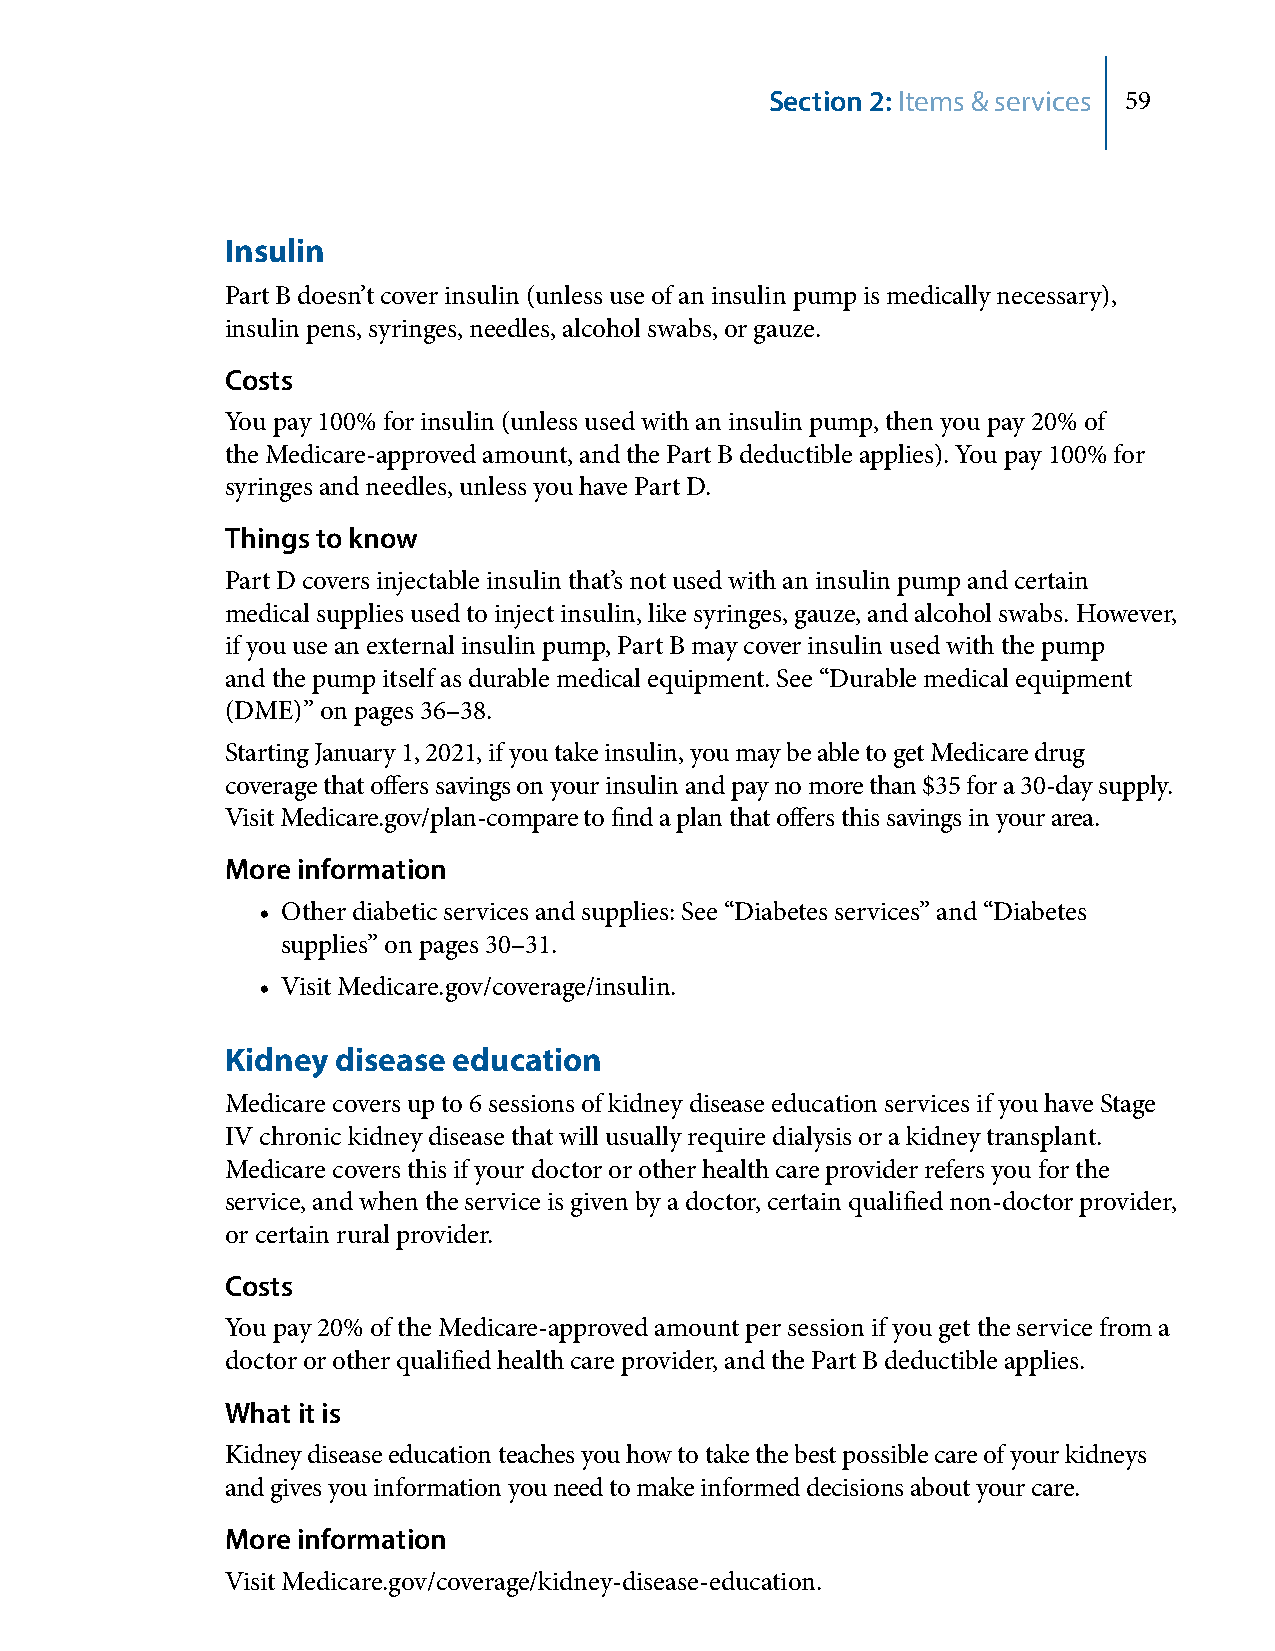
Section 2: Items & services 59
 Insulin
 Part B doesn’t cover insulin (unless use of an insulin pump is medically necessary),
 insulin pens, syringes, needles, alcohol swabs, or gauze.
 Costs
 You pay 100% for insulin (unless used with an insulin pump, then you pay 20% of
 the Medicare-approved amount, and the Part B deductible applies). You pay 100% for
 syringes and needles, unless you have Part D.
 Things to know
 Part D covers injectable insulin that’s not used with an insulin pump and certain
 medical supplies used to inject insulin, like syringes, gauze, and alcohol swabs. However,
 if you use an external insulin pump, Part B may cover insulin used with the pump
 and the pump itself as durable medical equipment. See “Durable medical equipment
 (DME)” on pages 36–38.
 Starting January 1, 2021, if you take insulin, you may be able to get Medicare drug
 coverage that offers savings on your insulin and pay no more than $35 for a 30-day supply.
 Visit Medicare.gov/plan-compare to find a plan that offers this savings in your area.
 More information
 • Other diabetic services and supplies: See “Diabetes services” and “Diabetes
 supplies” on pages 30–31.
 • Visit Medicare.gov/coverage/insulin.
 Kidney disease education
 Medicare covers up to 6 sessions of kidney disease education services if you have Stage
 IV chronic kidney disease that will usually require dialysis or a kidney transplant.
 Medicare covers this if your doctor or other health care provider refers you for the
 service, and when the service is given by a doctor, certain qualified non-doctor provider,
 or certain rural provider.
 Costs
 You pay 20% of the Medicare-approved amount per session if you get the service from a
 doctor or other qualified health care provider, and the Part B deductible applies.
 What it is
 Kidney disease education teaches you how to take the best possible care of your kidneys
 and gives you information you need to make informed decisions about your care.
 More information
 Visit Medicare.gov/coverage/kidney-disease-education.